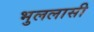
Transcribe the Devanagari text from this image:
भुललासी